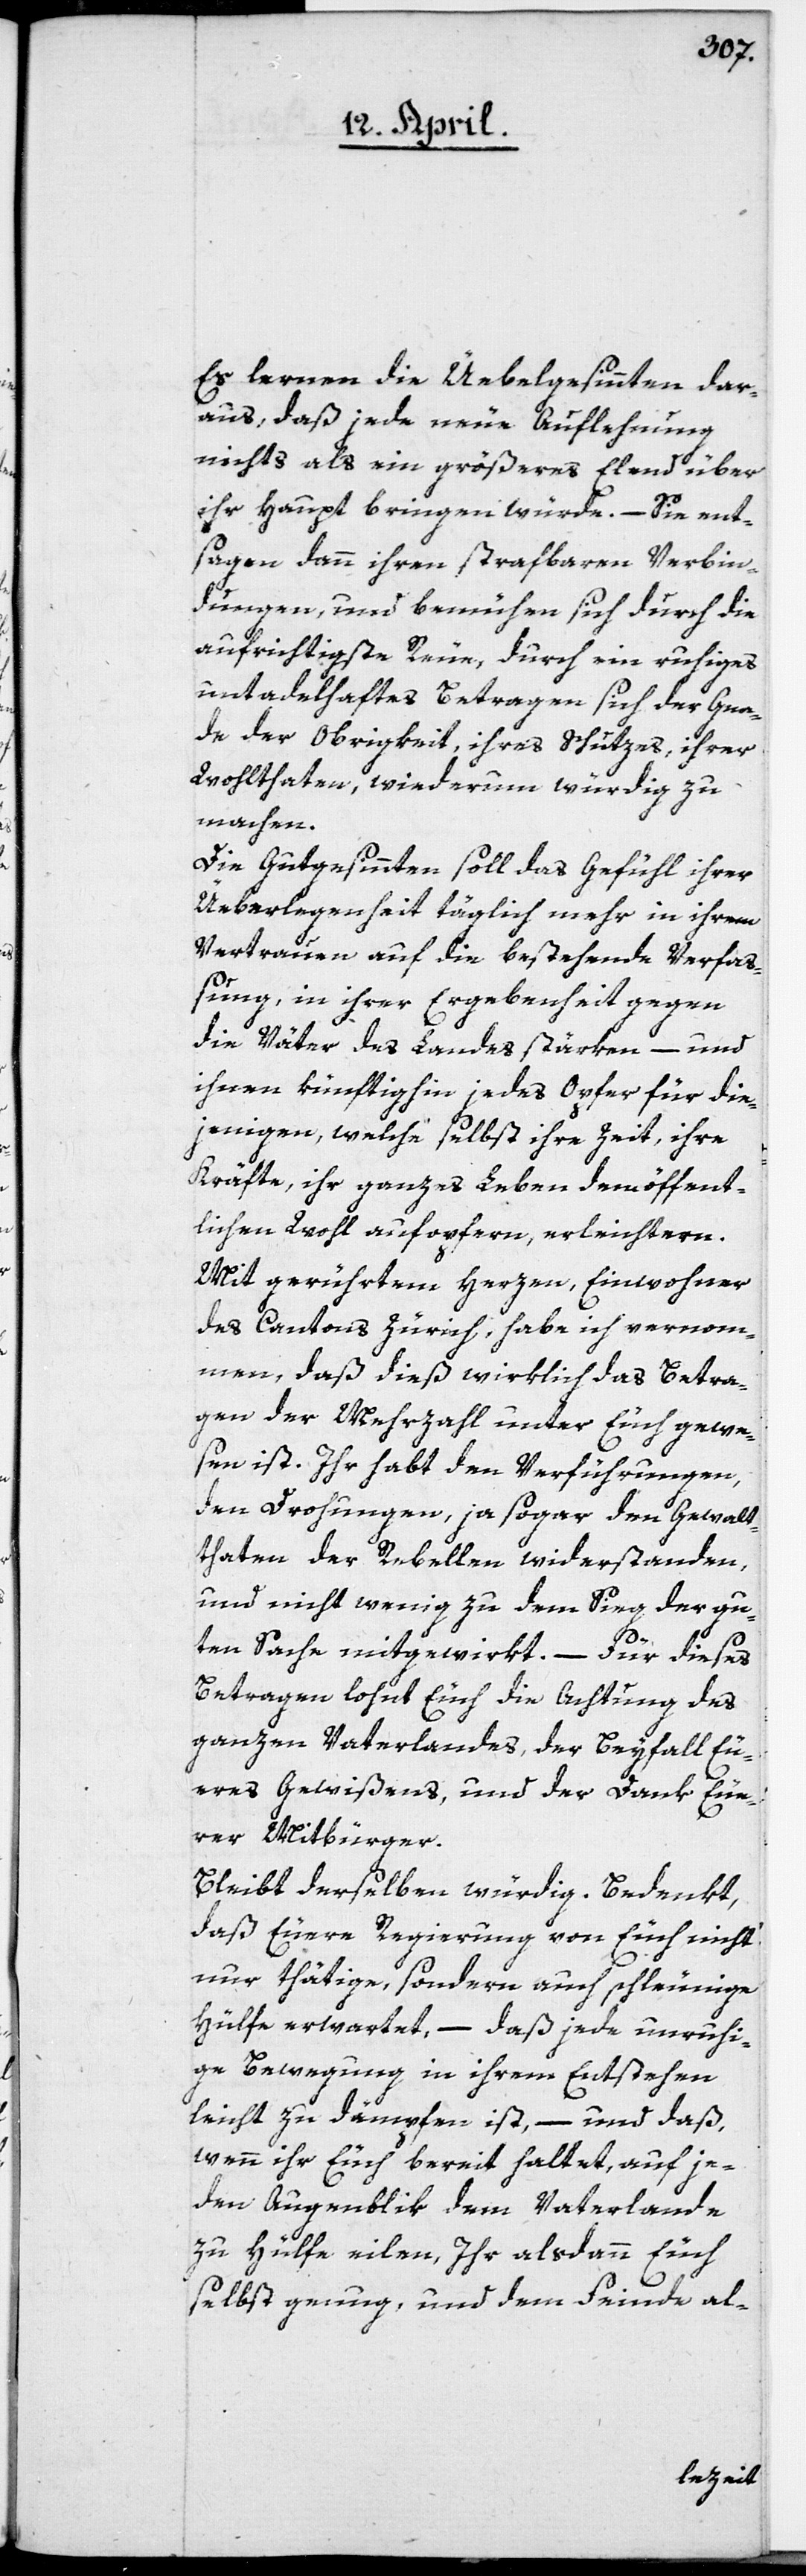
Es lernen die Uebelgesinnten dar¬
aus, daß jede neue Auflehnung
nichts als ein größeres Elend über
ihr Haupt bringen würde. – Sie ent¬
sagen dann ihren strafbaren Verbin¬
dungen, und bemühen sich durch die
aufrichtigste Reue, durch ein ruhiges
untadelhaftes Betragen, sich der Gna¬
de der Obrigkeit, ihres Schutzes, ihrer
Wohlthaten, wiederum würdig zu
machen.
Die Gutgesinnten soll das Gefühl ihrer
Ueberlegenheit täglich mehr in ihrem
Vertrauen auf die bestehende Verfaß¬
ung, in ihrer Ergebenheit gegen
die Väter des Landes stärken, – und
ihnen künftighin jedes Opfer für die¬
jenigen, welche selbst ihre Zeit, ihre
Kräfte, ihr ganzes Leben dem öffent¬
lichen Wohl aufopfern, erleichtern.
Mit gerührtem Herzen, Einwohner
des Cantons Zürich, habe ich vernom¬
men, daß dieß wirklich das Betra¬
gen der Mehrzahl unter Euch gewe¬
sen ist. Ihr habt den Verführungen,
den Drohungen, ja sogar den Gewalt¬
taten der Rebellen widerstanden,
und nicht wenig zu dem Sieg der gu¬
ten Sache mitgewirkt. – Für dieses
Betragen lohnt Euch die Achtung des
ganzen Vaterlandes, der Beyfall Eu¬
eres Gewißens und der Dank Eue¬
rer Mitbürger.
Bleibt derselben würdig. Bedenkt,
daß Euere Regierung von Euch nicht
nur thätige, sondern auch schleunige
Hülfe erwartet, – daß jede unruhi¬
ge Bewegung in ihrem Entstehen
leicht zu dämpfen ist, – und daß,
wenn ihr Euch bereit haltet, auf je¬
den Augenblick dem Vaterlande
zu Hülfe eilen, Ihr alsdann Euch
selbst genug, und dem Feinde al-